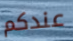
عندكم